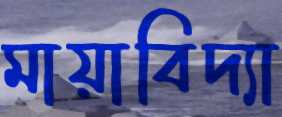
মায়াবিদ্যা